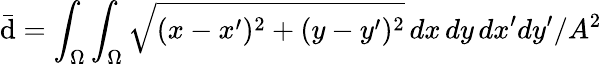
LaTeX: \mathrm{\bar{d}}=\int_{\Omega}\int_{\Omega}\sqrt{(x-x^{\prime})^{2}+(y-y^{\prime})^{2}}\, dx\, dy\, dx^{\prime}dy^{\prime}/A^{2}